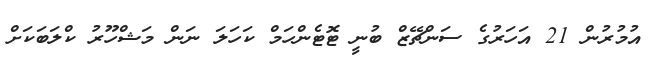
އުމުރުން 21 އަހަރުގެ ސަންޗޭޒް ބުނީ ޓޮޓެންހަމް ކަހަލަ ނަން މަޝްހޫރު ކްލަބަކަށް